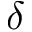
\delta